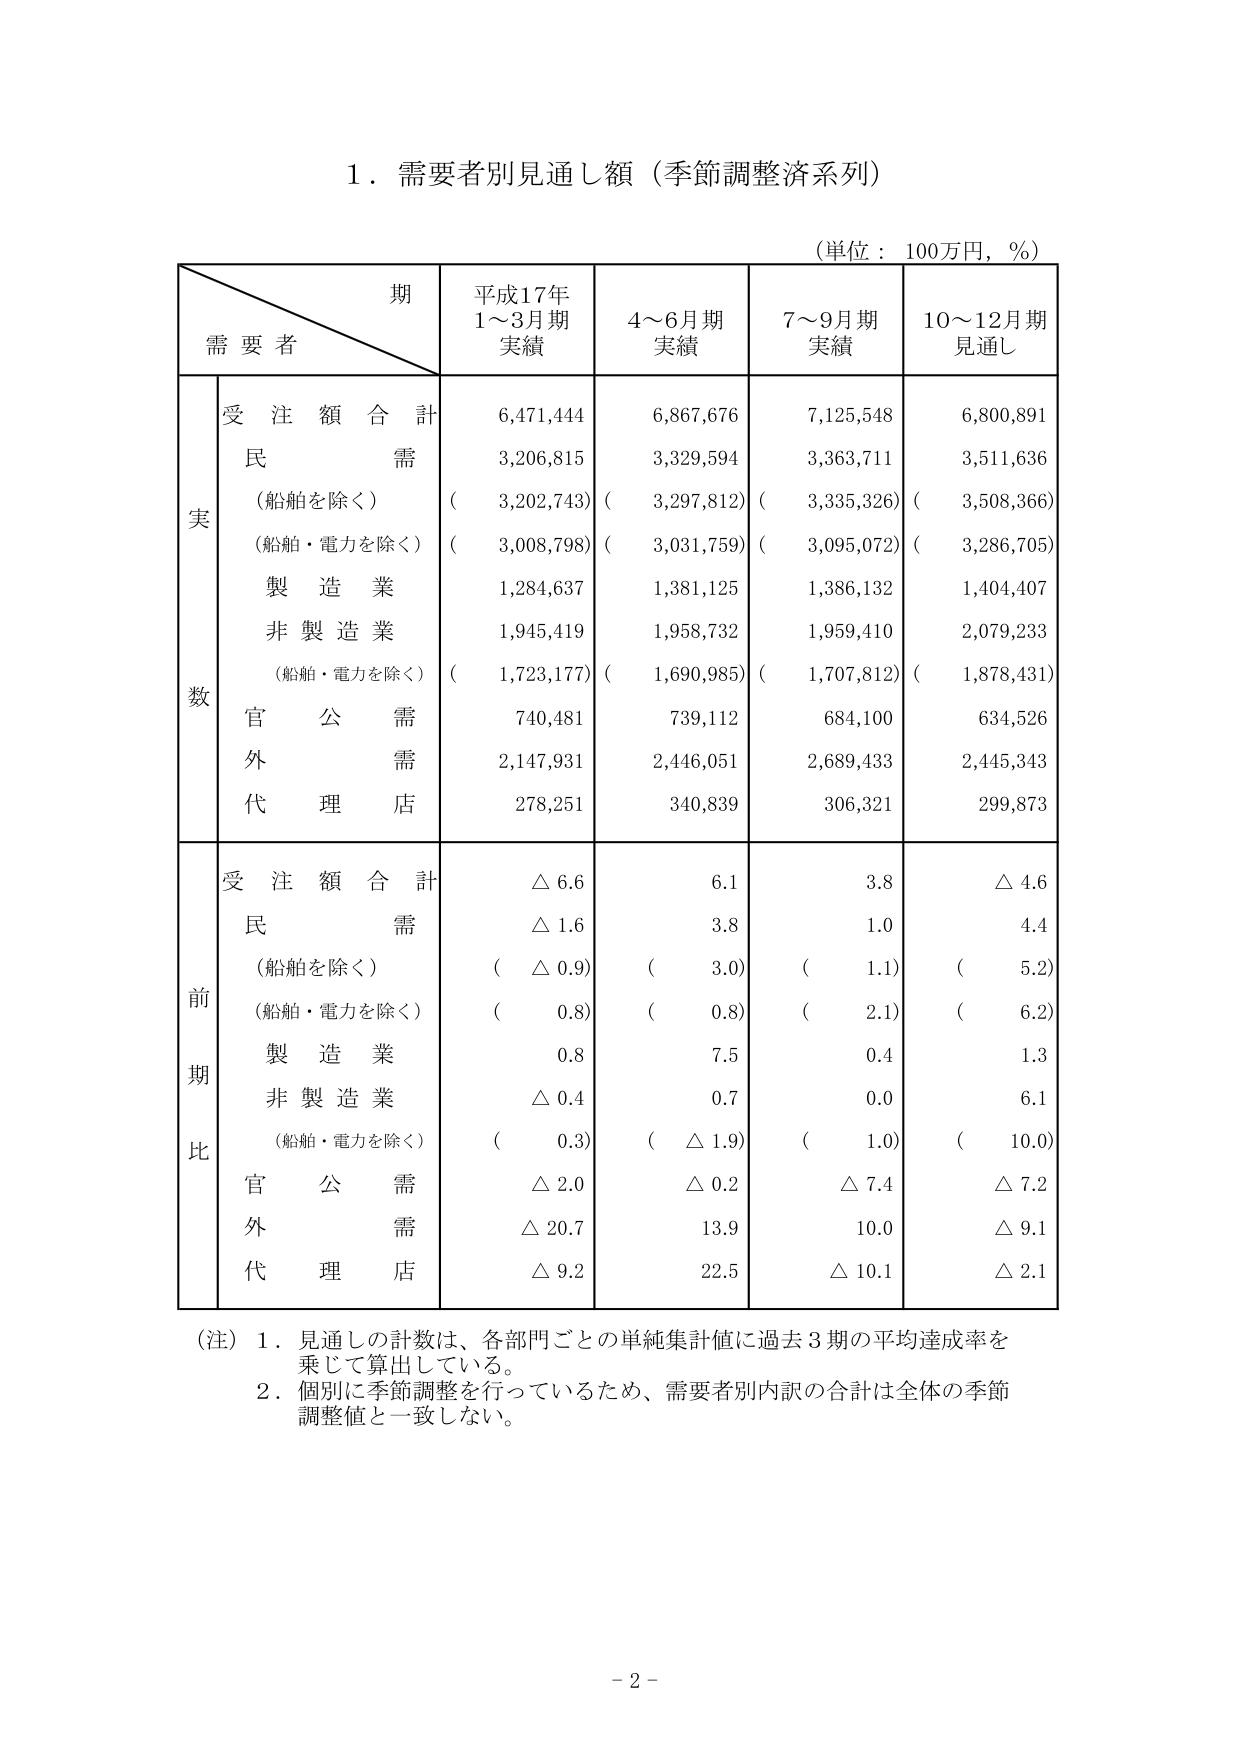
1．需要者別見通し額（季節調整済系列）

（単位：100万円，％）

期
需要者
平成17年
1～3月期
実績
4～6月期
実績
7～9月期
実績
10～12月期
見通し

実数
受注額合計
6,471,444
6,867,676
7,125,548
6,800,891
民需
3,206,815
3,329,594
3,363,711
3,511,636
（船舶を除く）
（3,202,743）
（3,297,812）
（3,335,326）
（3,508,366）
（船舶・電力を除く）
（3,008,798）
（3,031,759）
（3,095,072）
（3,286,705）
製造業
1,284,637
1,381,125
1,386,132
1,404,407
非製造業
1,945,419
1,958,732
1,959,410
2,079,233
（船舶・電力を除く）
（1,723,177）
（1,690,985）
（1,707,812）
（1,878,431）
官公需
740,481
739,112
684,100
634,526
外需
2,147,931
2,446,051
2,689,433
2,445,343
代理店
278,251
340,839
306,321
299,873

前期比
受注額合計
△6.6
6.1
3.8
△4.6
民需
△1.6
3.8
1.0
4.4
（船舶を除く）
（△0.9）
（3.0）
（1.1）
（5.2）
（船舶・電力を除く）
（0.8）
（0.8）
（2.1）
（6.2）
製造業
0.8
7.5
0.4
1.3
非製造業
△0.4
0.7
0.0
6.1
（船舶・電力を除く）
（0.3）
（△1.9）
（1.0）
（10.0）
官公需
△2.0
△0.2
△7.4
△7.2
外需
△20.7
13.9
10.0
△9.1
代理店
△9.2
22.5
△10.1
△2.1

（注）1．見通しの計数は、各部門ごとの単純集計値に過去3期の平均達成率を
乗じて算出している。
2．個別に季節調整を行っているため、需要者別内訳の合計は全体の季節
調整値と一致しない。

- 2 -